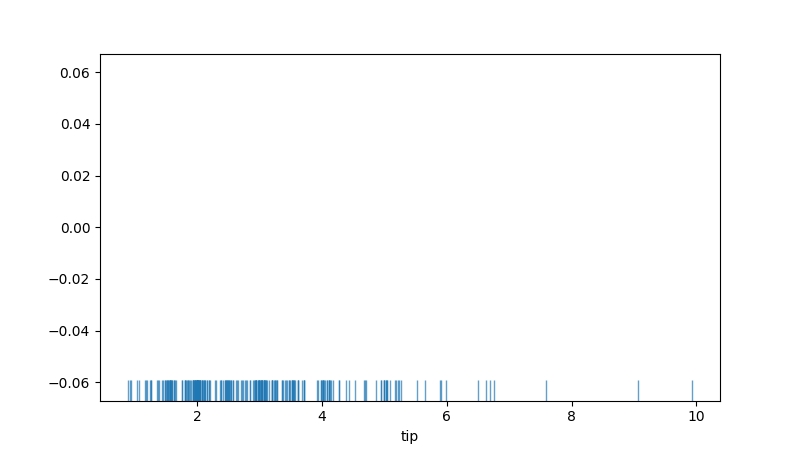
python, seaborn, rugplot, height=0.06, axis='x', alpha=0.7